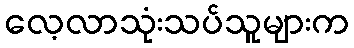
လေ့လာသုံးသပ်သူများက